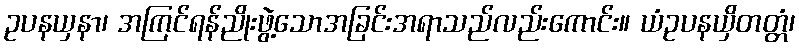
ဥပနယှနာ၊ အကြင်ရန်ညိုးဖွဲ့သောအခြင်းအရာသည်လည်းကောင်း။ ယံဥပနယှိတတ္တံ၊